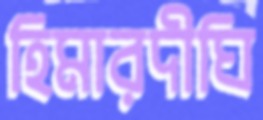
হিমারদীঘি